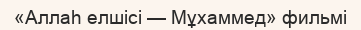
«Аллаһ елшісі — Мұхаммед» фильмі